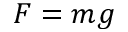
F = m g